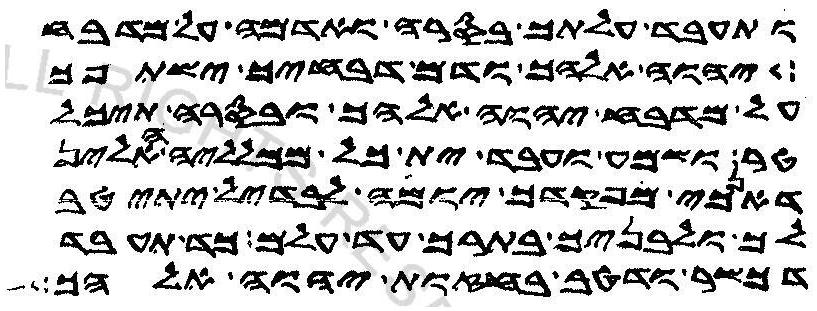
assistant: ותעבד עלתך בסרה ואדמה על מדבח
יהוה אלהך ודם דבחיך ישתפך
על מדבח יהוה אלהך ובסרה תיכל
טר ותשמע ותעבד ית כל ממלליה האלין
דאנכי מפקדך יומה לבדיל יתיטב
לך ולבניך בתרך עד עלם כד תעבד
דכשר ודטב בחזות יהוה אלהך